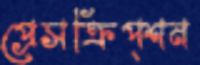
প্রেসক্রিপ্‌শন